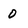
Character: 0